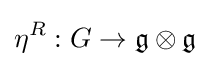
\eta ^{R}:G\to {\mathfrak {g}}\otimes {\mathfrak {g}}